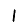
Digit: 1